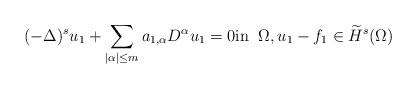
LaTeX: \begin{align*}(-\Delta)^s u_1 + \sum_{|\alpha|\leq m} a_{1,\alpha} D^\alpha u_1 & = 0 \mbox{in} \;\;\Omega, u_1 - f_1 \in \widetilde H^s(\Omega) \end{align*}